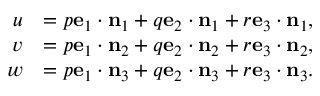
{ \begin{array} { r l } { u } & { = p \mathbf { e } _ { 1 } \cdot \mathbf { n } _ { 1 } + q \mathbf { e } _ { 2 } \cdot \mathbf { n } _ { 1 } + r \mathbf { e } _ { 3 } \cdot \mathbf { n } _ { 1 } , } \\ { v } & { = p \mathbf { e } _ { 1 } \cdot \mathbf { n } _ { 2 } + q \mathbf { e } _ { 2 } \cdot \mathbf { n } _ { 2 } + r \mathbf { e } _ { 3 } \cdot \mathbf { n } _ { 2 } , } \\ { w } & { = p \mathbf { e } _ { 1 } \cdot \mathbf { n } _ { 3 } + q \mathbf { e } _ { 2 } \cdot \mathbf { n } _ { 3 } + r \mathbf { e } _ { 3 } \cdot \mathbf { n } _ { 3 } . } \end{array} }